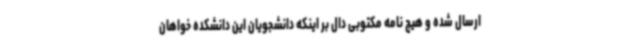
ارسال شده و هیچ نامه مکتوبی دال بر اینکه دانشجویان این دانشکده خواهان